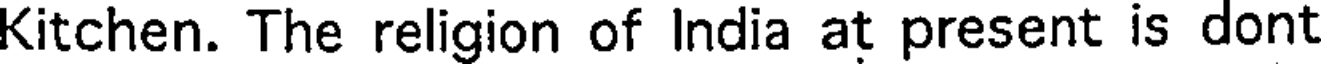
Kitchen. The religion of India at present is dont